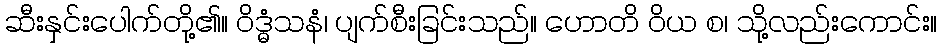
ဆီးနှင်းပေါက်တို့၏။ ဝိဒ္ဓံသနံ၊ ပျက်စီးခြင်းသည်။ ဟောတိ ဝိယ စ၊ သို့လည်းကောင်း။